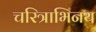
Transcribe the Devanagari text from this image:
चरित्राभिनय